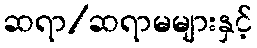
ဆရာ/ဆရာမများနှင့်